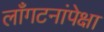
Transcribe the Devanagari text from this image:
लाँगटनांपेक्षा